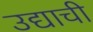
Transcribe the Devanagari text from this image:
उद्याची